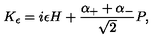
K _ { \epsilon } = i \epsilon H + { \frac { \alpha _ { + } + \alpha _ { - } } { \sqrt { 2 } } } P ,